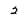
Character: 2